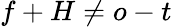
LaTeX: f+H\neq o-t